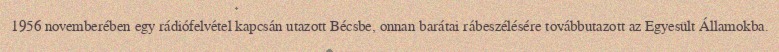
1956 novemberében egy rádiófelvétel kapcsán utazott Bécsbe, onnan barátai rábeszélésére továbbutazott az Egyesült Államokba.